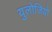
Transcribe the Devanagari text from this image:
युलोजियो